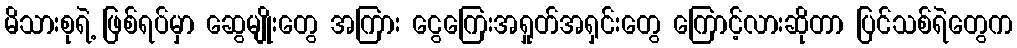
မိသားစုရဲ့ ဖြစ်ရပ်မှာ ဆွေမျိုးတွေ အကြား ငွေကြေးအရှုတ်အရှင်းတွေ ကြောင့်လားဆိုတာ ပြင်သစ်ရဲတွေက